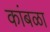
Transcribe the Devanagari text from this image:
कांबळा